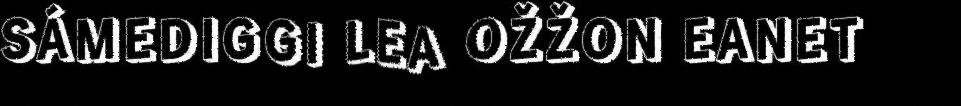
SÁMEDIGGI LEA OŽŽON EANET